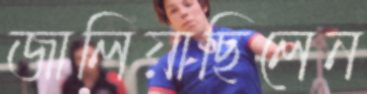
জালিয়াছিলেন